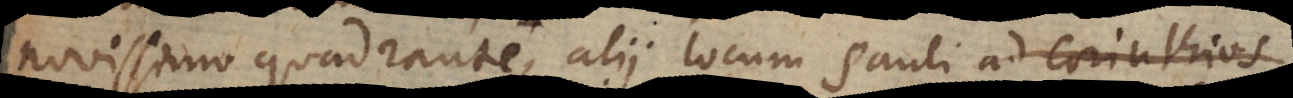
novissimo quadrante, alii locum Pauli ad Corinthios